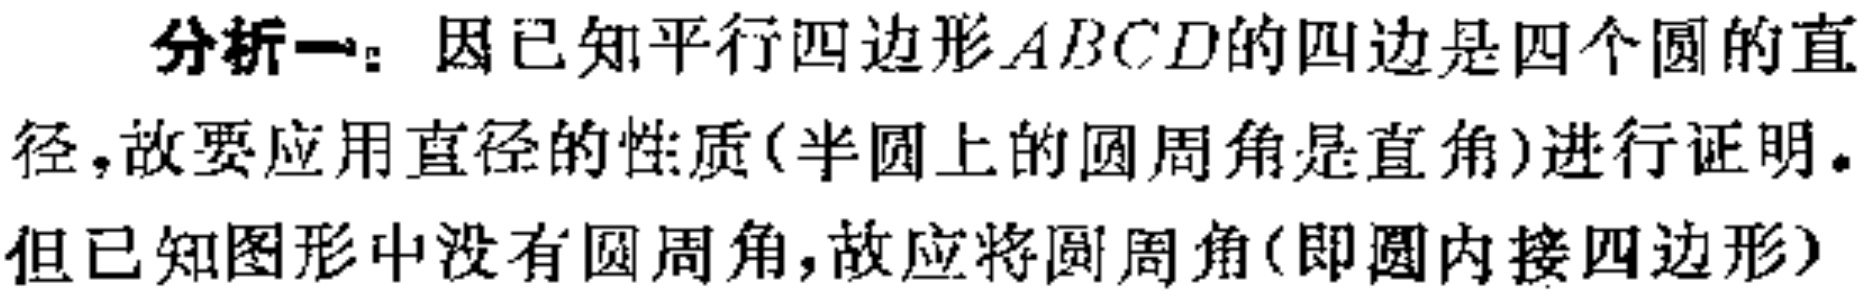
分析一：因已知平行四边形\(ABCD\)的四边是四个圆的直

径，故要应用直径的性质(半圆上的圆周角是直角)进行证明。

但已知图形中没有圆周角，故应将圆周角(即圆内接四边形)